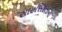
સાહસિકતાના